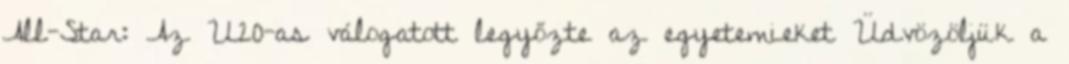
All-Star: Az U20-as válogatott legyőzte az egyetemieket Üdvözöljük a